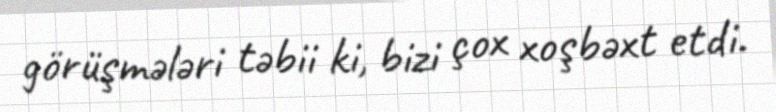
görüşmələri təbii ki, bizi çox xoşbəxt etdi.